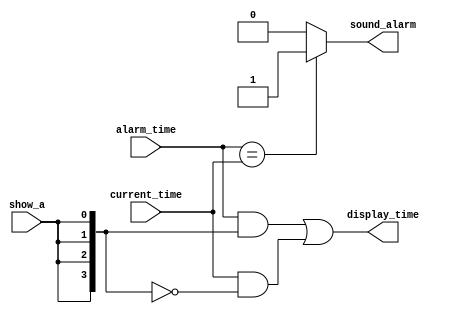
module comp_dismux(alarm_time, current_time, show_a, sound_alarm, display_time);

input [3:0] alarm_time, current_time;
input show_a;

output [3:0] display_time;
output sound_alarm;

wire [3:0] display_time;
wire [3:0] show_a_vector;
reg sound_alarm;

assign show_a_vector = {4{show_a}};
assign display_time = (alarm_time & show_a_vector | current_time & ~show_a_vector);

always@(alarm_time or current_time)
begin
	if (alarm_time == current_time)
		sound_alarm <= 1;
	else
		sound_alarm <= 0;
end
endmodule